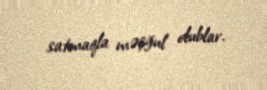
satmaqla məşğul olublar.